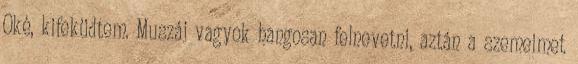
Oké, kifeküdtem. Muszáj vagyok hangosan felnevetni, aztán a szemeimet